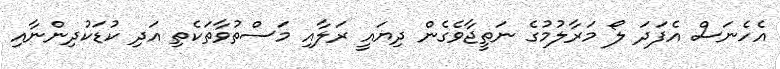
އެހެނަސް އެފަދަ ލޯ މަރާލުމުގެ ނަތީޖާވެގެން ދިޔައީ ރަލާއި މަސްތުވާތަކެތި އަދި ކުޑަކުދިންނާއި